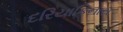
દરિયાકિનારા